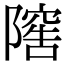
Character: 𨻴